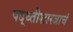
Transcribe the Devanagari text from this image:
पद्ध्तीशास्त्राचं